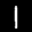
Label: 1